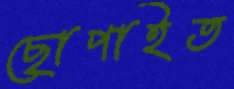
ছোপাইত